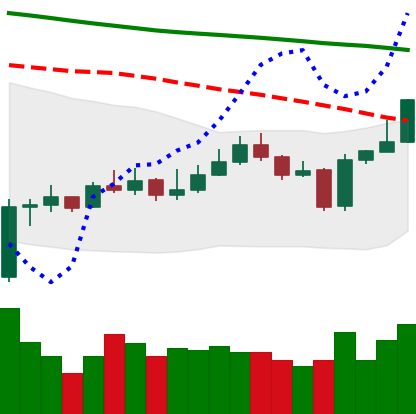
Ticker: EOS-USD
Chart end date: 2020-01-06
Forward return: 4.633%
Label: up_3_5